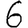
Digit: 6